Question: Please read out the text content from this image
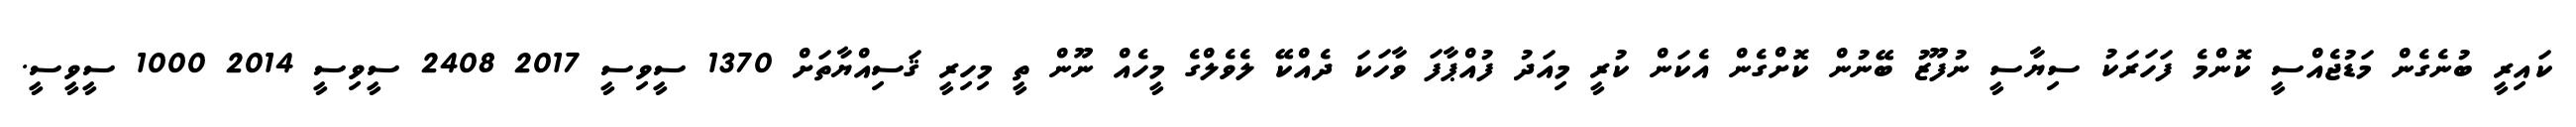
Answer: ކައިރީ ބުނެގެން މަޑުޖެއްސީ ކޮންމެ ފަހަރަކު ސިޔާސީ ނުފޫޒު ބޭނުން ކޮށްގެން އެކަން ކުރީ މިއަދު ފުއްޕާފަ ވާހަކަ ދެއްކޭ ލެވެލްގެ މީހެއް ނޫން ތީ މިހިރީ ޤަސިއްޔާތަށް 1370 ސީވިސީ 2017 2408 ސީވިސީ 2014 1000 ސީވީސީ.